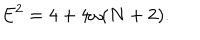
E ^ { 2 } = 4 + 4 \omega ( N + 2 ) .